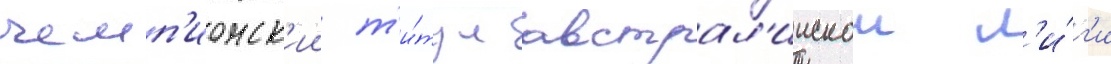
чемп'ионск'ии т'и́тул австрал'иискои л'и́г'и